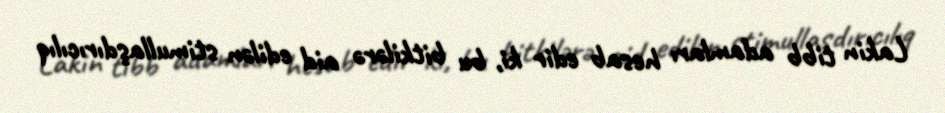
Lakin tibb adamları hesab edir ki, bu bitkilərə aid edilən stimullaşdırıcılıq